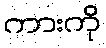
ကားကို